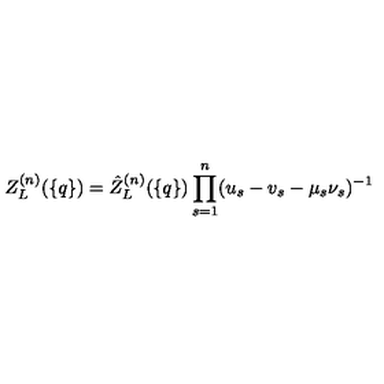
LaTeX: Z _ { L } ^ { ( n ) } ( \{ q \} ) = \hat { Z } _ { L } ^ { ( n ) } ( \{ q \} ) \prod _ { s = 1 } ^ { n } ( u _ { s } - v _ { s } - \mu _ { s } \nu _ { s } ) ^ { - 1 }